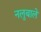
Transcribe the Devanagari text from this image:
नलुबाले